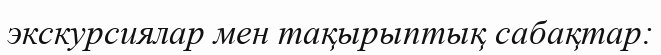
экскурсиялар мен тақырыптық сабақтар: